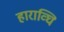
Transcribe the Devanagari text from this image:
हाराव्घि